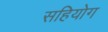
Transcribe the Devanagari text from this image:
सहियोग